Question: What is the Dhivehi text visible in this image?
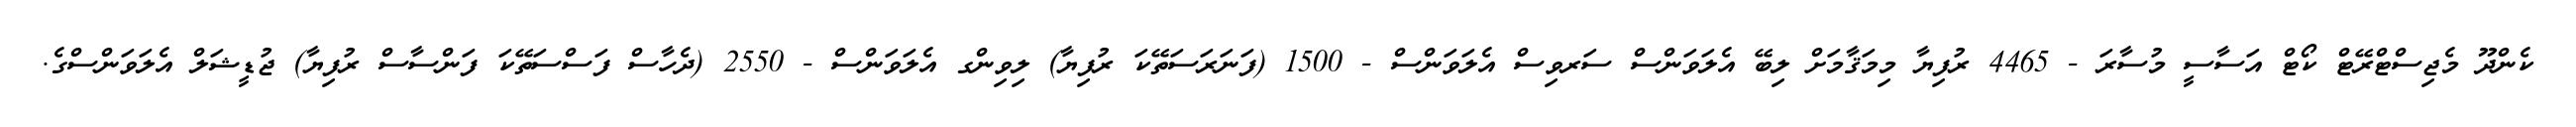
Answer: ކެންދޫ މެޖިސްޓްރޭޓް ކޯޓް އަސާސީ މުސާރަ - 4465 ރުފިޔާ މިމަޤާމަށް ލިބޭ އެލަވަންސް ސަރވިސް އެލަވަންސް - 1500 (ފަނަރަސަތޭކަ ރުފިޔާ) ލިވިންގ އެލަވަންސް - 2550 (ދެހާސް ފަސްސަތޭކަ ފަންސާސް ރުފިޔާ) ޖުޑީޝަލް އެލަވަންސްގެ.